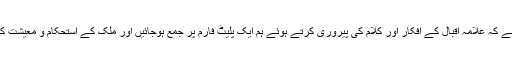
گورنر نے کہا کہ ضرورت اِس اًمر کی ہے کہ علامہ اقبالؒ کے اُفکار اور کلام کی پیروری کرتے ہوئے ہم ایک پلیٹ فارم پر جمع ہوجائیں اور ملک کے استحکام و معیشت کی مضبوطی کے لئے اپنا کردار ادا کریں۔